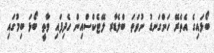
ބޯޅައިގެ އެތެރޭ ހަންގަނޑު ނުވަތަ ބްލެޑާރ ލޭޓެކްސްއިން ހެދިފައި ވާތީ ބޯޅަ ބިމުގައި